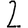
Digit: 2